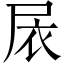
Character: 𱚸